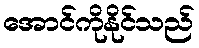
အောင်ကိုနိုင်သည်